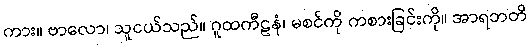
ကား။ ဗာလော၊ သူငယ်သည်။ ဂူထကီဠနံ၊ မစင်ကို ကစားခြင်းကို။ အာရဘတိ